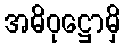
အဓိဝုဋ္ဌောမှိ